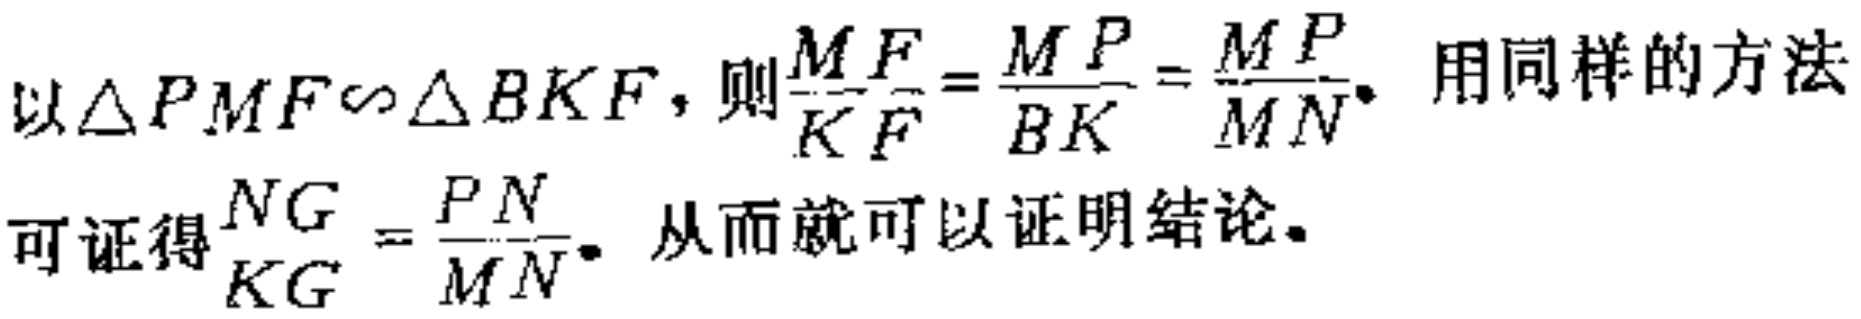
以$\triangle PMF\sim\triangle BKF$，则$\frac{MF}{KF}=\frac{MP}{BK}=\frac{MP}{MN}$。用同样的方法可证得$\frac{NG}{KG}=\frac{PN}{MN}$。从而就可以证明结论。